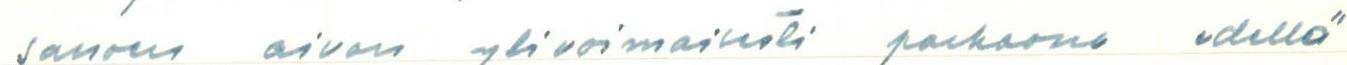
sanoen aivan ylivoimaisesti parhaana edellä